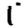
Digit: 1